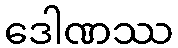
ဒေါဏဿ